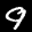
Label: 9